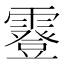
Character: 霯